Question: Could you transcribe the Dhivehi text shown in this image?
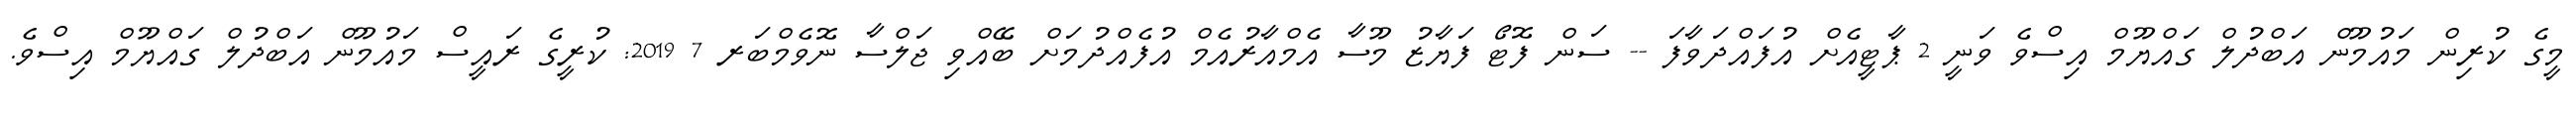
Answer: މީގެ ކުރިން މައުމޫން އަބްދުލް ގައްޔޫމް އިސްވެ ވަނީ 2 ޕާޓީއެށް އުފައްދަވާފަ -- ސަން ފޮޓޯ ފަޔާޒު މޫސާ އެމްއާރުއެމް އުފެއްދުމަށް ބޭއްވި ޖަލްސާ ނޮވެމްބަރ 7 2019: ކުރީގެ ރައީސް މައުމޫން އަބްދުލް ގައްޔޫމް އިސްވެ.